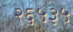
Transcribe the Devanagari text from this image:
२६५३५